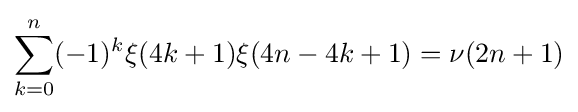
\sum _{k=0}^{n}(-1)^{k}\xi (4k+1)\xi (4n-4k+1)=\nu (2n+1)